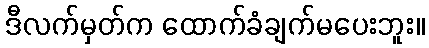
ဒီလက်မှတ်က ထောက်ခံချက်မပေးဘူး။